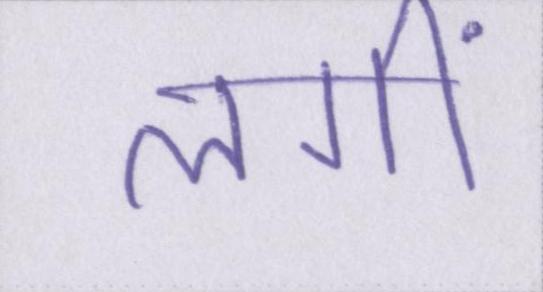
लगीं